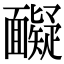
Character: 𩉏